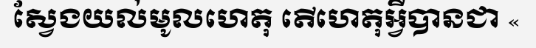
ស្វែងយល់មូលហេតុ តើហេតុអ្វីបានជា «